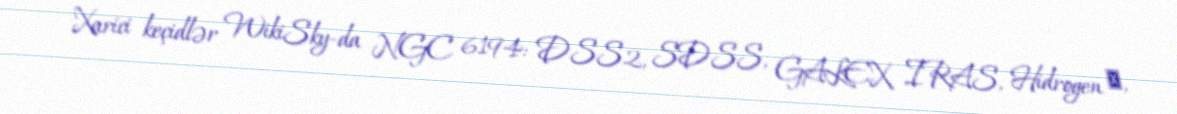
Xarici keçidlər WikiSky-da NGC 6194: DSS2, SDSS, GALEX, IRAS, Hidrogen α,